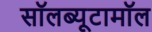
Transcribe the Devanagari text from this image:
सॉलब्यूटामॉल